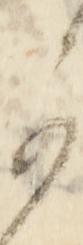
可